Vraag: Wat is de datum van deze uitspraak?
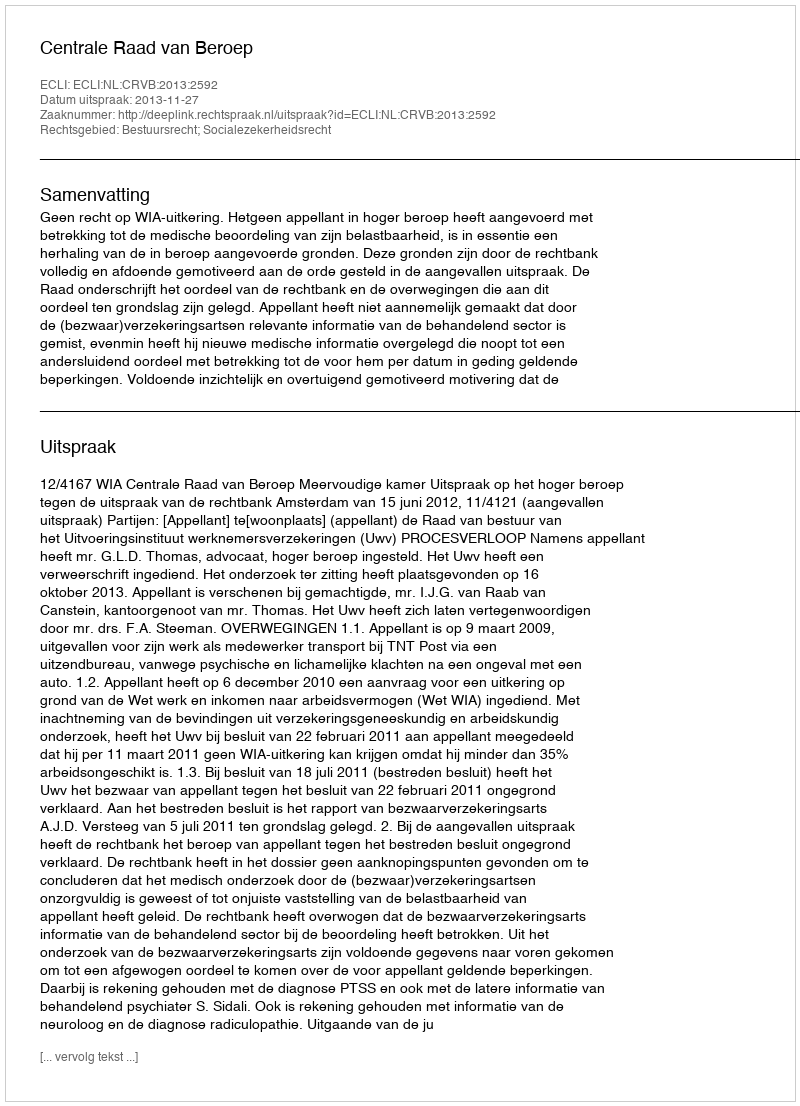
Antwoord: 2013-11-27